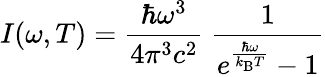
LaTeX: I(\omega,T)={\frac{\hbar\omega^{3}}{4\pi^{3}c^{2}}}~{\frac{1}{e^{\frac{\hbar\omega}{k_{\mathrm{B}}T}}-1}}